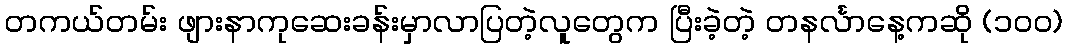
တကယ်တမ်း ဖျားနာကုဆေးခန်းမှာလာပြတဲ့လူတွေက ပြီးခဲ့တဲ့ တနင်္လာနေ့ကဆို (၁၀၀)